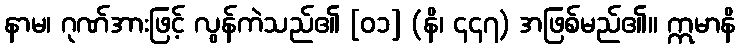
နာမ၊ ဂုဏ်အားဖြင့် လွန်ကဲသည်၏ [၀၁] (နိ၊ ၄၄၇) အဖြစ်မည်၏။ ဣမာနိ